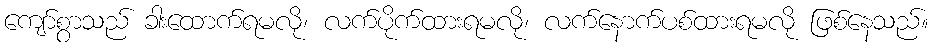
ကျော်စွာသည် ခါးထောက်ရမလို၊ လက်ပိုက်ထားရမလို၊ လက်နောက်ပစ်ထားရမလို ဖြစ်နေသည်။